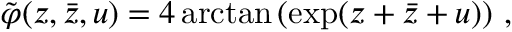
\tilde { \varphi } ( z , \bar { z } , u ) = 4 \arctan \left( \exp ( z + \bar { z } + u ) \right) \, ,